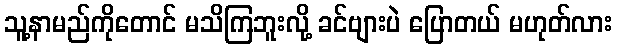
သူ့နာမည်ကိုတောင် မသိကြဘူးလို့ ခင်ဗျားပဲ ပြောတယ် မဟုတ်လား